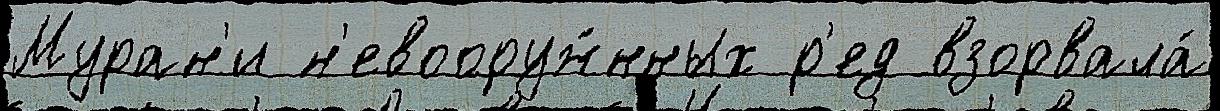
Муран'и н'евооруж́нных р'ед взорвала́